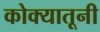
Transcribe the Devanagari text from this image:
कोक्यातूनी